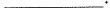
___.